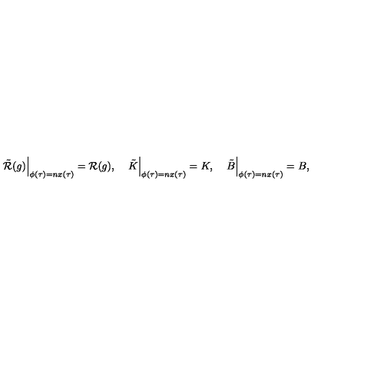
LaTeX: \left. \tilde { { \cal R } } ( g ) \right\vert \sb { \phi ( \tau ) = n x ( \tau ) } = { \cal R } ( g ) , \quad \left. \tilde { K } \right\vert \sb { \phi ( \tau ) = n x ( \tau ) } = K , \quad \left. \tilde { B } \right\vert \sb { \phi ( \tau ) = n x ( \tau ) } = B ,